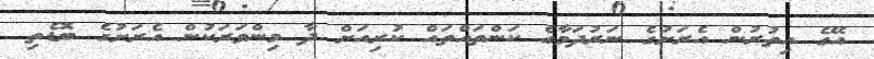
އޭގެ އިތުރުން އެރަށުގެ ނަރުދަމާގެ ކަންތައްތައް ކުރިއަށް ދާ މިންވަރަކުން އެރަށުގެ ބޮޑެތި